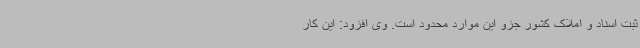
ثبت اسناد و املاک کشور جزو این موارد محدود است. وی افزود: این کار